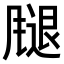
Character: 𫗁